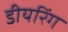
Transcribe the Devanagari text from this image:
डीयरिंग